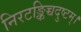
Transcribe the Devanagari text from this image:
निरटङ्किच्चदुष्टम्।